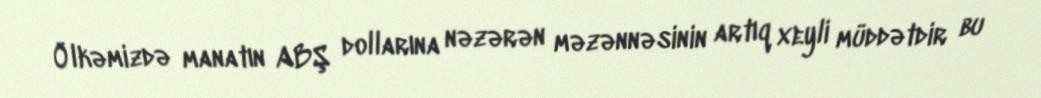
Ölkəmizdə manatın ABŞ dollarına nəzərən məzənnəsinin artıq xeyli müddətdir bu